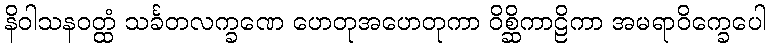
နိဝါသနဝတ္ထံ သင်္ခတလက္ခဏေ ဟေတုအဟေတုကာ ဝိစ္ဆိကာဠိကာ အမရာဝိက္ခေပေါ